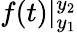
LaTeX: f(t)|_{y_{1}}^{y_{2}}